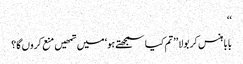
‘‘
بابا ہنس کر بولا ’’تم کیا سمجھتے ہو‘ میں تمھیں منع کروں گا؟